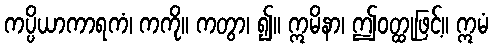
ကပ္ပိယာကာရကံ၊ ကကို။ ကတွာ၊ ၍။ ဣမိနာ၊ ဤဝတ္ထုဖြင့်။ ဣမံ